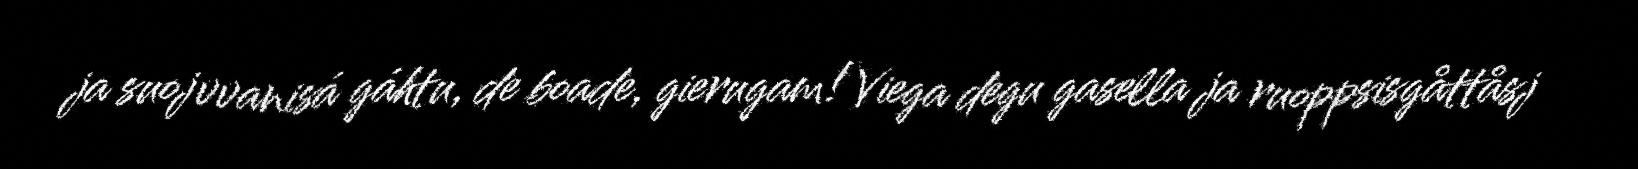
ja suojvvanisá gáhtu, de boade, gierugam! Viega degu gasella ja ruoppsisgåttåsj